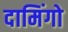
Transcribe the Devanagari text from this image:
दामिंगो